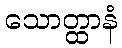
သောတ္ထာနံ